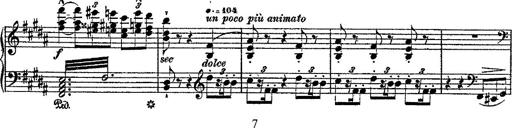
Title: Fantaisie romantique sur deux mÃ©lodies suisses
Composer: Franz Liszt